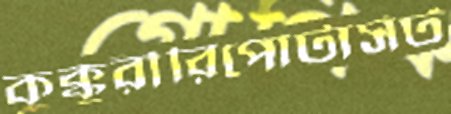
কুক্কুরীরিপোর্টার্সট